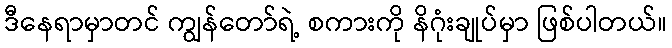
ဒီနေရာမှာတင် ကျွန်တော်ရဲ့ စကားကို နိဂုံးချုပ်မှာ ဖြစ်ပါတယ်။